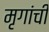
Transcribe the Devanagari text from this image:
मृगांची